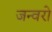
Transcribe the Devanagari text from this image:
जन्वरो